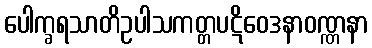
ပေါက္ခရသာတိဥပါသကတ္တပဋိဝေဒနာဝဏ္ဏနာ